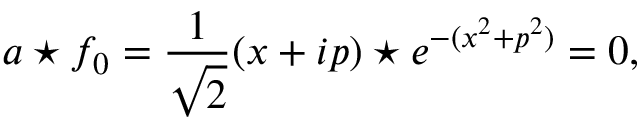
a \star f _ { 0 } = \frac { 1 } { \sqrt { 2 } } ( x + i p ) \star e ^ { - ( x ^ { 2 } + p ^ { 2 } ) } = 0 ,